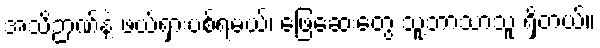
အသိဉာဏ်နဲ့ ဖယ်ရှားပစ်ရမယ်၊ ဖြေဆေးတွေ သူ့ဘာသာသူ ရှိတယ်။